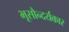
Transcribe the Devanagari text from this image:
भूसौन्दर्यकार